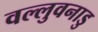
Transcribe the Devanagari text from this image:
वल्लुवनाडु